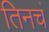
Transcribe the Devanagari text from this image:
तिनचं